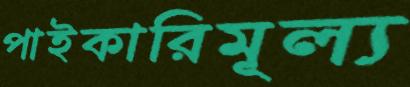
পাইকারিমূল্য